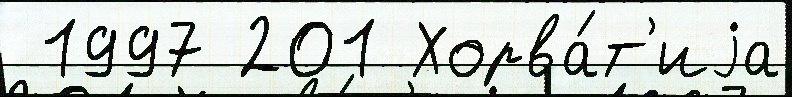
 1997 201 Хорва́т'иjа